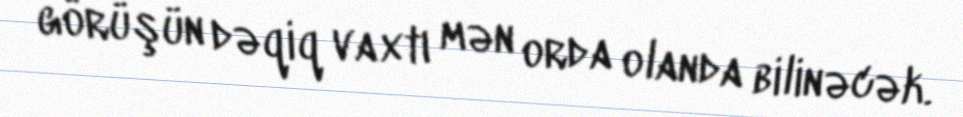
görüşün dəqiq vaxtı mən orda olanda bilinəcək.